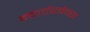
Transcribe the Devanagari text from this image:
क्वार्टरबैक्स